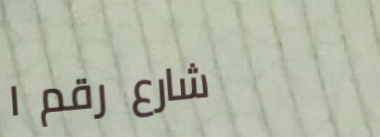
شارع رقم ١